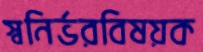
স্বনির্ভরবিষয়ক